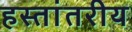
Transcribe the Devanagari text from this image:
हस्‍तांतरीय